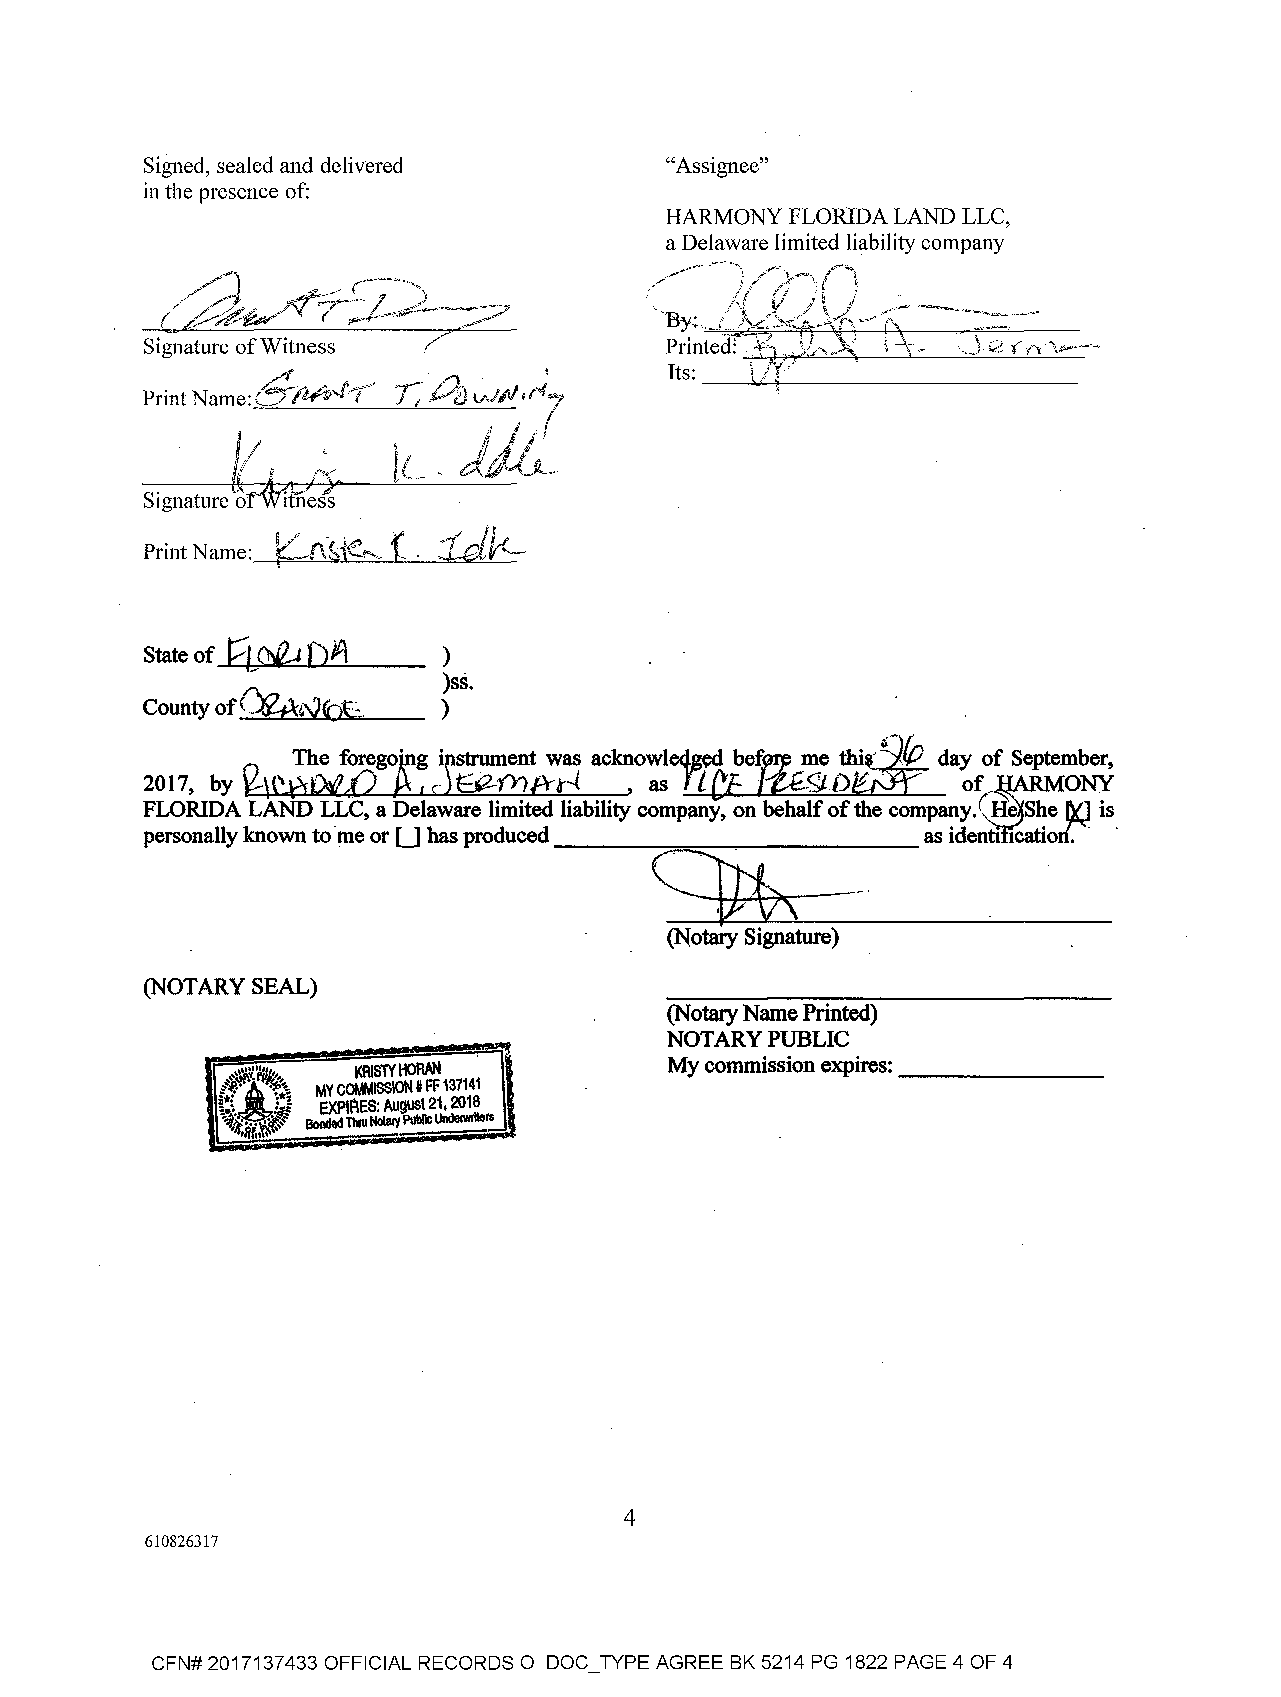
Signed, sealed and delivered      "Assignee"
 in the presence of:
 HARMONY FLORIDA LAND LLC,
 a Delaware limited liability company
 Print
 twd
 Signatore
 H~Of\
 State of           )
 )ss.
 WA,vt1E
 County of          )
 ~
 ·    The foregoAg ilstrument was acknowle<J.~ beftg.me th~ day of September,
 2017, by ~('.pxPiLJ I c EP-fY>AN , as fl (:E · &lD" . o~ONY
 FLORIDA LAND LLC, a Delaware limited liability company, on behalf ofthe company .. H She Del is
 personally known tome o,-U has produced ~ \        as idellti catioC ·
 (Notary Signature)
 (NOTARY SEAL)
 (Notary Name Printed)
 NOTARY PUBLIC
 My commission expires: _______
 KRISTY HORAN
 MY COMMISSION t FF 137141
 EXPIRES: August 21, 2018
 Bonded Tivu NotalY Public UudeM!iers
 4
 610826317
 CFN# 2017137433 OFFICIAL RECORDS O DOC_TYPE AGREE BK 5214 PG 1822 PAGE 4 OF 4